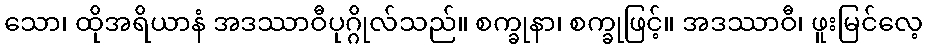
သော၊ ထိုအရိယာနံ အဒဿာဝီပုဂ္ဂိုလ်သည်။ စက္ခုနာ၊ စက္ခုဖြင့်။ အဒဿာဝီ၊ ဖူးမြင်လေ့